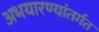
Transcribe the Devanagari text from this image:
अभयारण्यांतर्गत